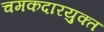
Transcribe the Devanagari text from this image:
चमकदारयुक्त